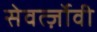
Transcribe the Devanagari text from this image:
सेवर्त्ज़ोवी